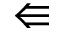
\Lleftarrow